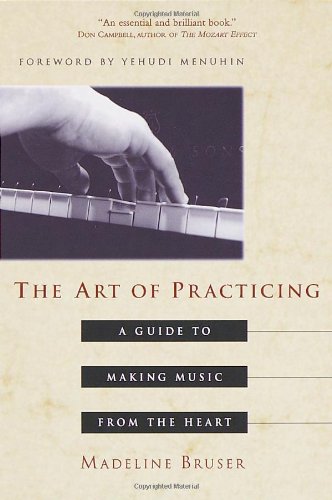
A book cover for The Art of Practicing: A Guide to Making Music from the Heart; Madeline Bruser; Arts & Photography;